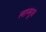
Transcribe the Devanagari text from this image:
लान्गूज